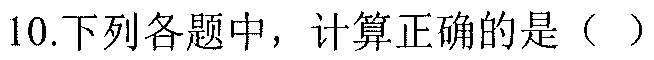
10.下列各题中，计算正确的是（  ）